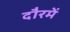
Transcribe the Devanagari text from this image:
दौरमें